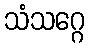
သံသဂ္ဂေ